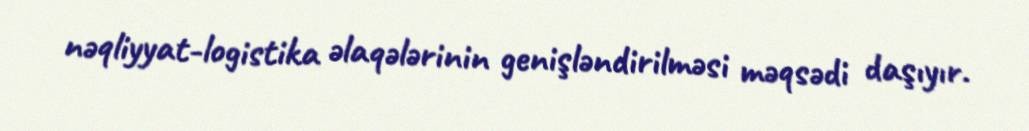
nəqliyyat-logistika əlaqələrinin genişləndirilməsi məqsədi daşıyır.